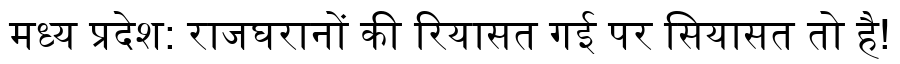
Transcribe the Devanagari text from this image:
मध्य प्रदेश: राजघरानों की रियासत गई पर सियासत तो है!